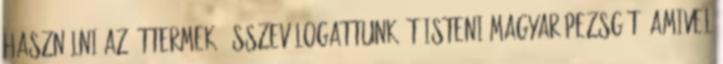
használni az éttermek. Összeválogattunk öt isteni magyar pezsgőt, amivel